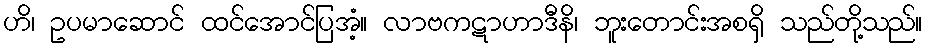
ဟိ၊ ဥပမာဆောင် ထင်အောင်ပြအံ့။ လာဗကဋာဟာဒီနိ၊ ဘူးတောင်းအစရှိ သည်တို့သည်။